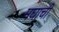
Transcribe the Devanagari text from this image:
मघाची